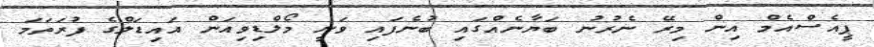
ޕީއެސްއެމް އިން މިރޭ ނެރުނު ބަޔާނެއްގައި ބުނެފައި ވަނީ މޯލްޑިވިއަން އައިޑަލްގެ ފުރަތަމަ